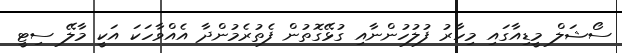
ސޯޝަލް މީޑިއާގައި މިހާރު ފުލުހުންނާއި ގުޅޭގޮތުން ފެތުރެމުންދާ އެއްވާހަކަ އަކީ މާލޭ ސިޓީ